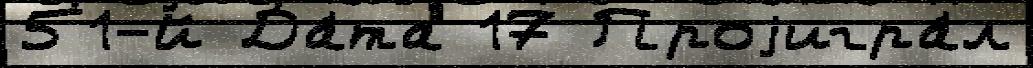
51-й Да́та 17 Проjигра́л